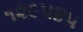
૧૨૯૫૪૫